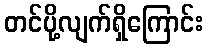
တင်ပို့လျက်ရှိကြောင်း